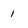
Character: 1